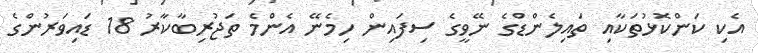
އެކި ކަންކޮޅުތަކާއި ތައިލެންޑްގެ ނޭވީގެ ސިފައިން ހިމެނޭ އެންމެ ތަޖުރިބާކާރު 18 ޑައިވަރުންގެ